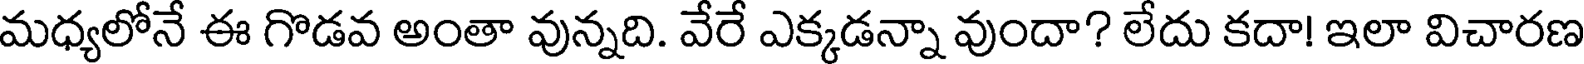
మధ్యలోనే ఈ గొడవ అంతా వున్నది. వేరే ఎక్కడన్నా వుందా? లేదు కదా! ఇలా విచారణ